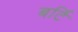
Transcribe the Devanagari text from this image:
बर्टि